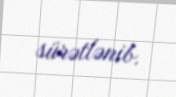
sürətlənib.